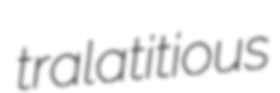
tralatitious